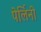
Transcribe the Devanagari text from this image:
पेर्लिनी